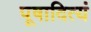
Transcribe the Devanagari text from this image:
पूषादित्यं